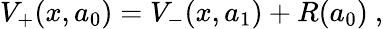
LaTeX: V_{+}(x,a_{0})=V_{-}(x,a_{1})+R(a_{0})~,